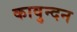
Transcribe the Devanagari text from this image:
कावुन्दन